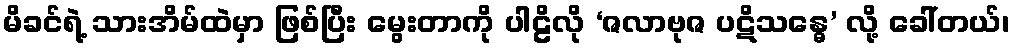
မိခင်ရဲ့ သားအိမ်ထဲမှာ ဖြစ်ပြီး မွေးတာကို ပါဠိလို ‘ဇလာဗုဇ ပဋိသန္ဓေ’ လို့ ခေါ်တယ်၊